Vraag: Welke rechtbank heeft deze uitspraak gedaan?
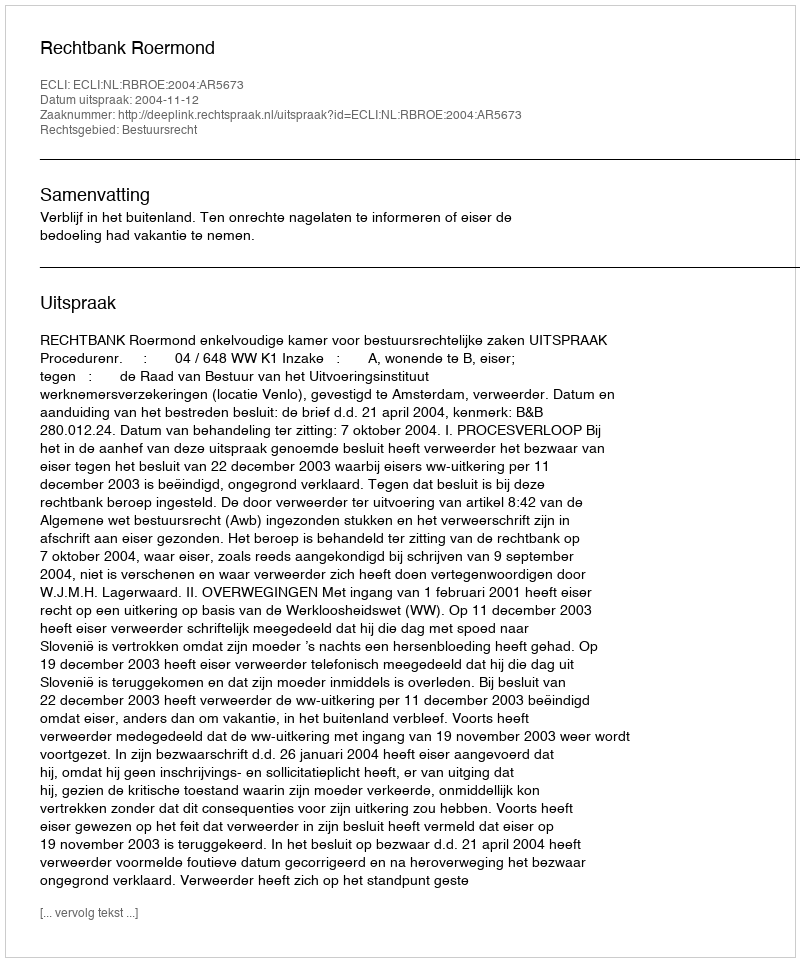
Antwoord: Rechtbank Roermond